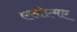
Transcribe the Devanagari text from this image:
एसीएमए